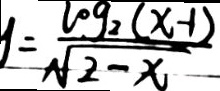
y = \frac { \log _ { 2 } ( x - 1 ) } { \sqrt { 2 - x } }